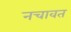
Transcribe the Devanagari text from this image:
नचावत